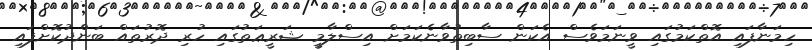
ހިމަނާފައި އޮތްކަމުގައި ވީނަމަވެސް އެކަން ސާބިތުވާނެކަމަށް އިސްލާމީ ޝަރީޢަތުގައި ހުރި ދޮރުތައް ބަންދުކޮށްފައި